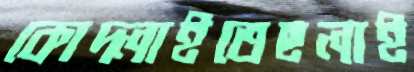
কোদ্‌লাইতেছলাই